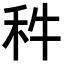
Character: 𥝫